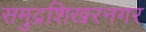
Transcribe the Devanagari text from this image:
समुद्रशिखरनगर